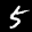
Label: 5